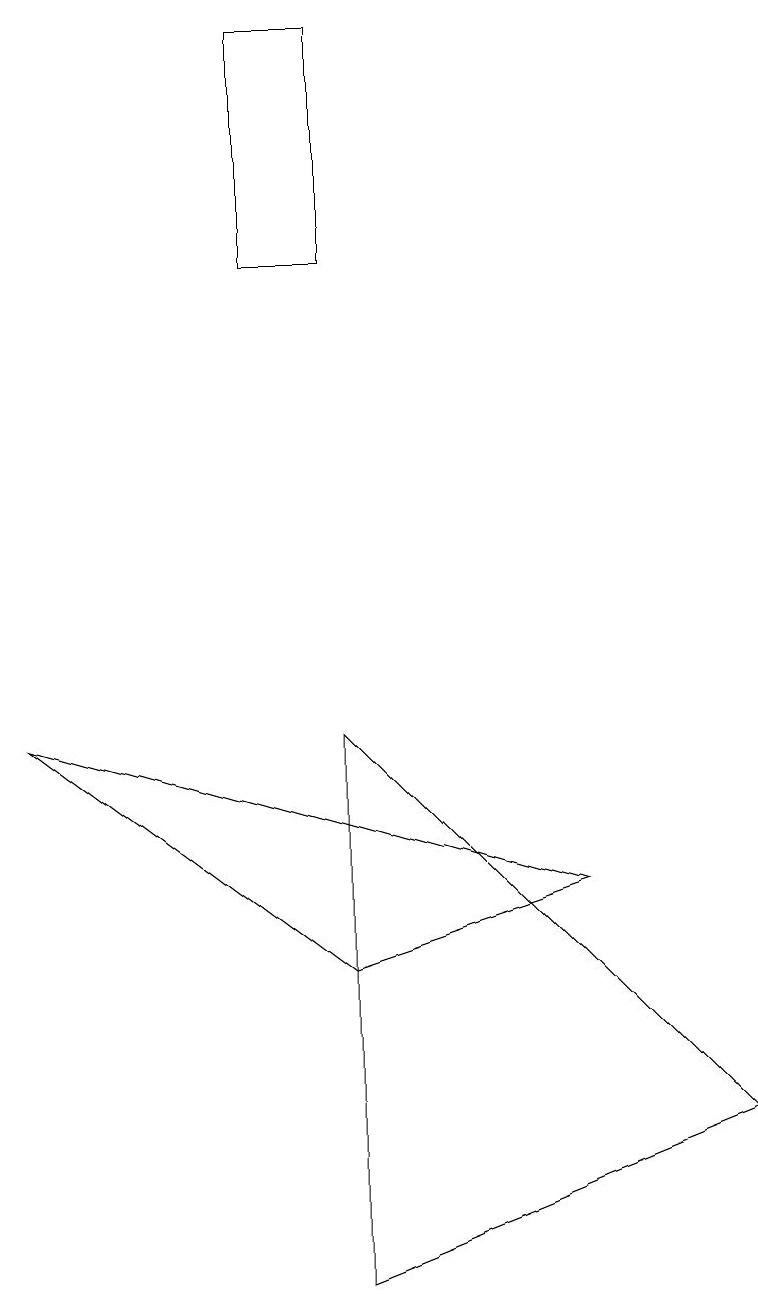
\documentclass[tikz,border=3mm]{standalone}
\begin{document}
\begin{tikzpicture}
\draw (7,7) -- (0,9) -- (4,6) -- cycle;
\draw (4,2) -- (4,9) -- (9,4) -- cycle;
\draw (3,15) rectangle (4,18);
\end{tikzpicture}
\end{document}